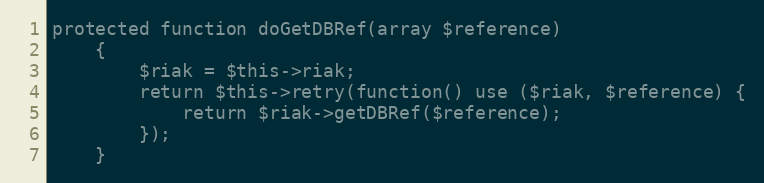
Language: PHP
protected function doGetDBRef(array $reference)
    {
        $riak = $this->riak;
        return $this->retry(function() use ($riak, $reference) {
            return $riak->getDBRef($reference);
        });
    }